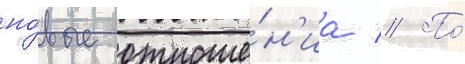
но́вые отноше́н'иа // По́